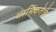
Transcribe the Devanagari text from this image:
मार्मिकतेचे